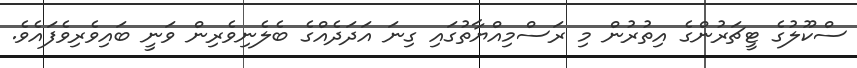
ސްކޫލުގެ ޓީޗަރުންގެ އިތުރުން މި ރަސްމިއްޔާތުގައި ގިނަ އަދަދެއްގެ ބެލެނިވެރިން ވަނީ ބައިވެރިވެފައެވެ.